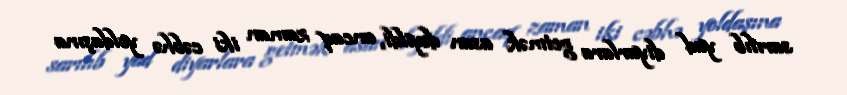
sarılıb yad diyarlara getmək asan deyildi, ancaq zaman iki cəbhə yoldaşına